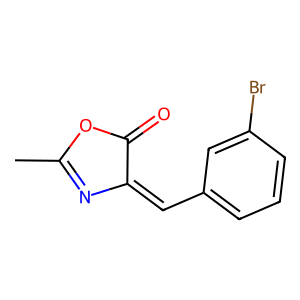
SMILES: CC1=NC(=Cc2cccc(Br)c2)C(=O)O1
Inhibits HIV replication: No